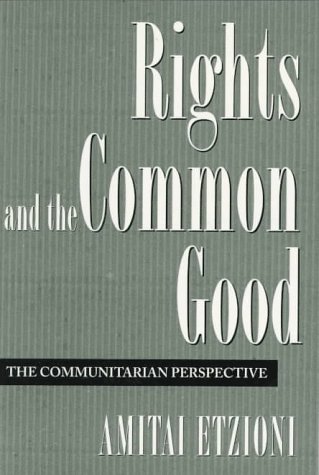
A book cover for Rights and the Common Good: The Communitarian Perspective; Amitai Etzioni; Law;